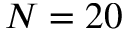
N = 2 0